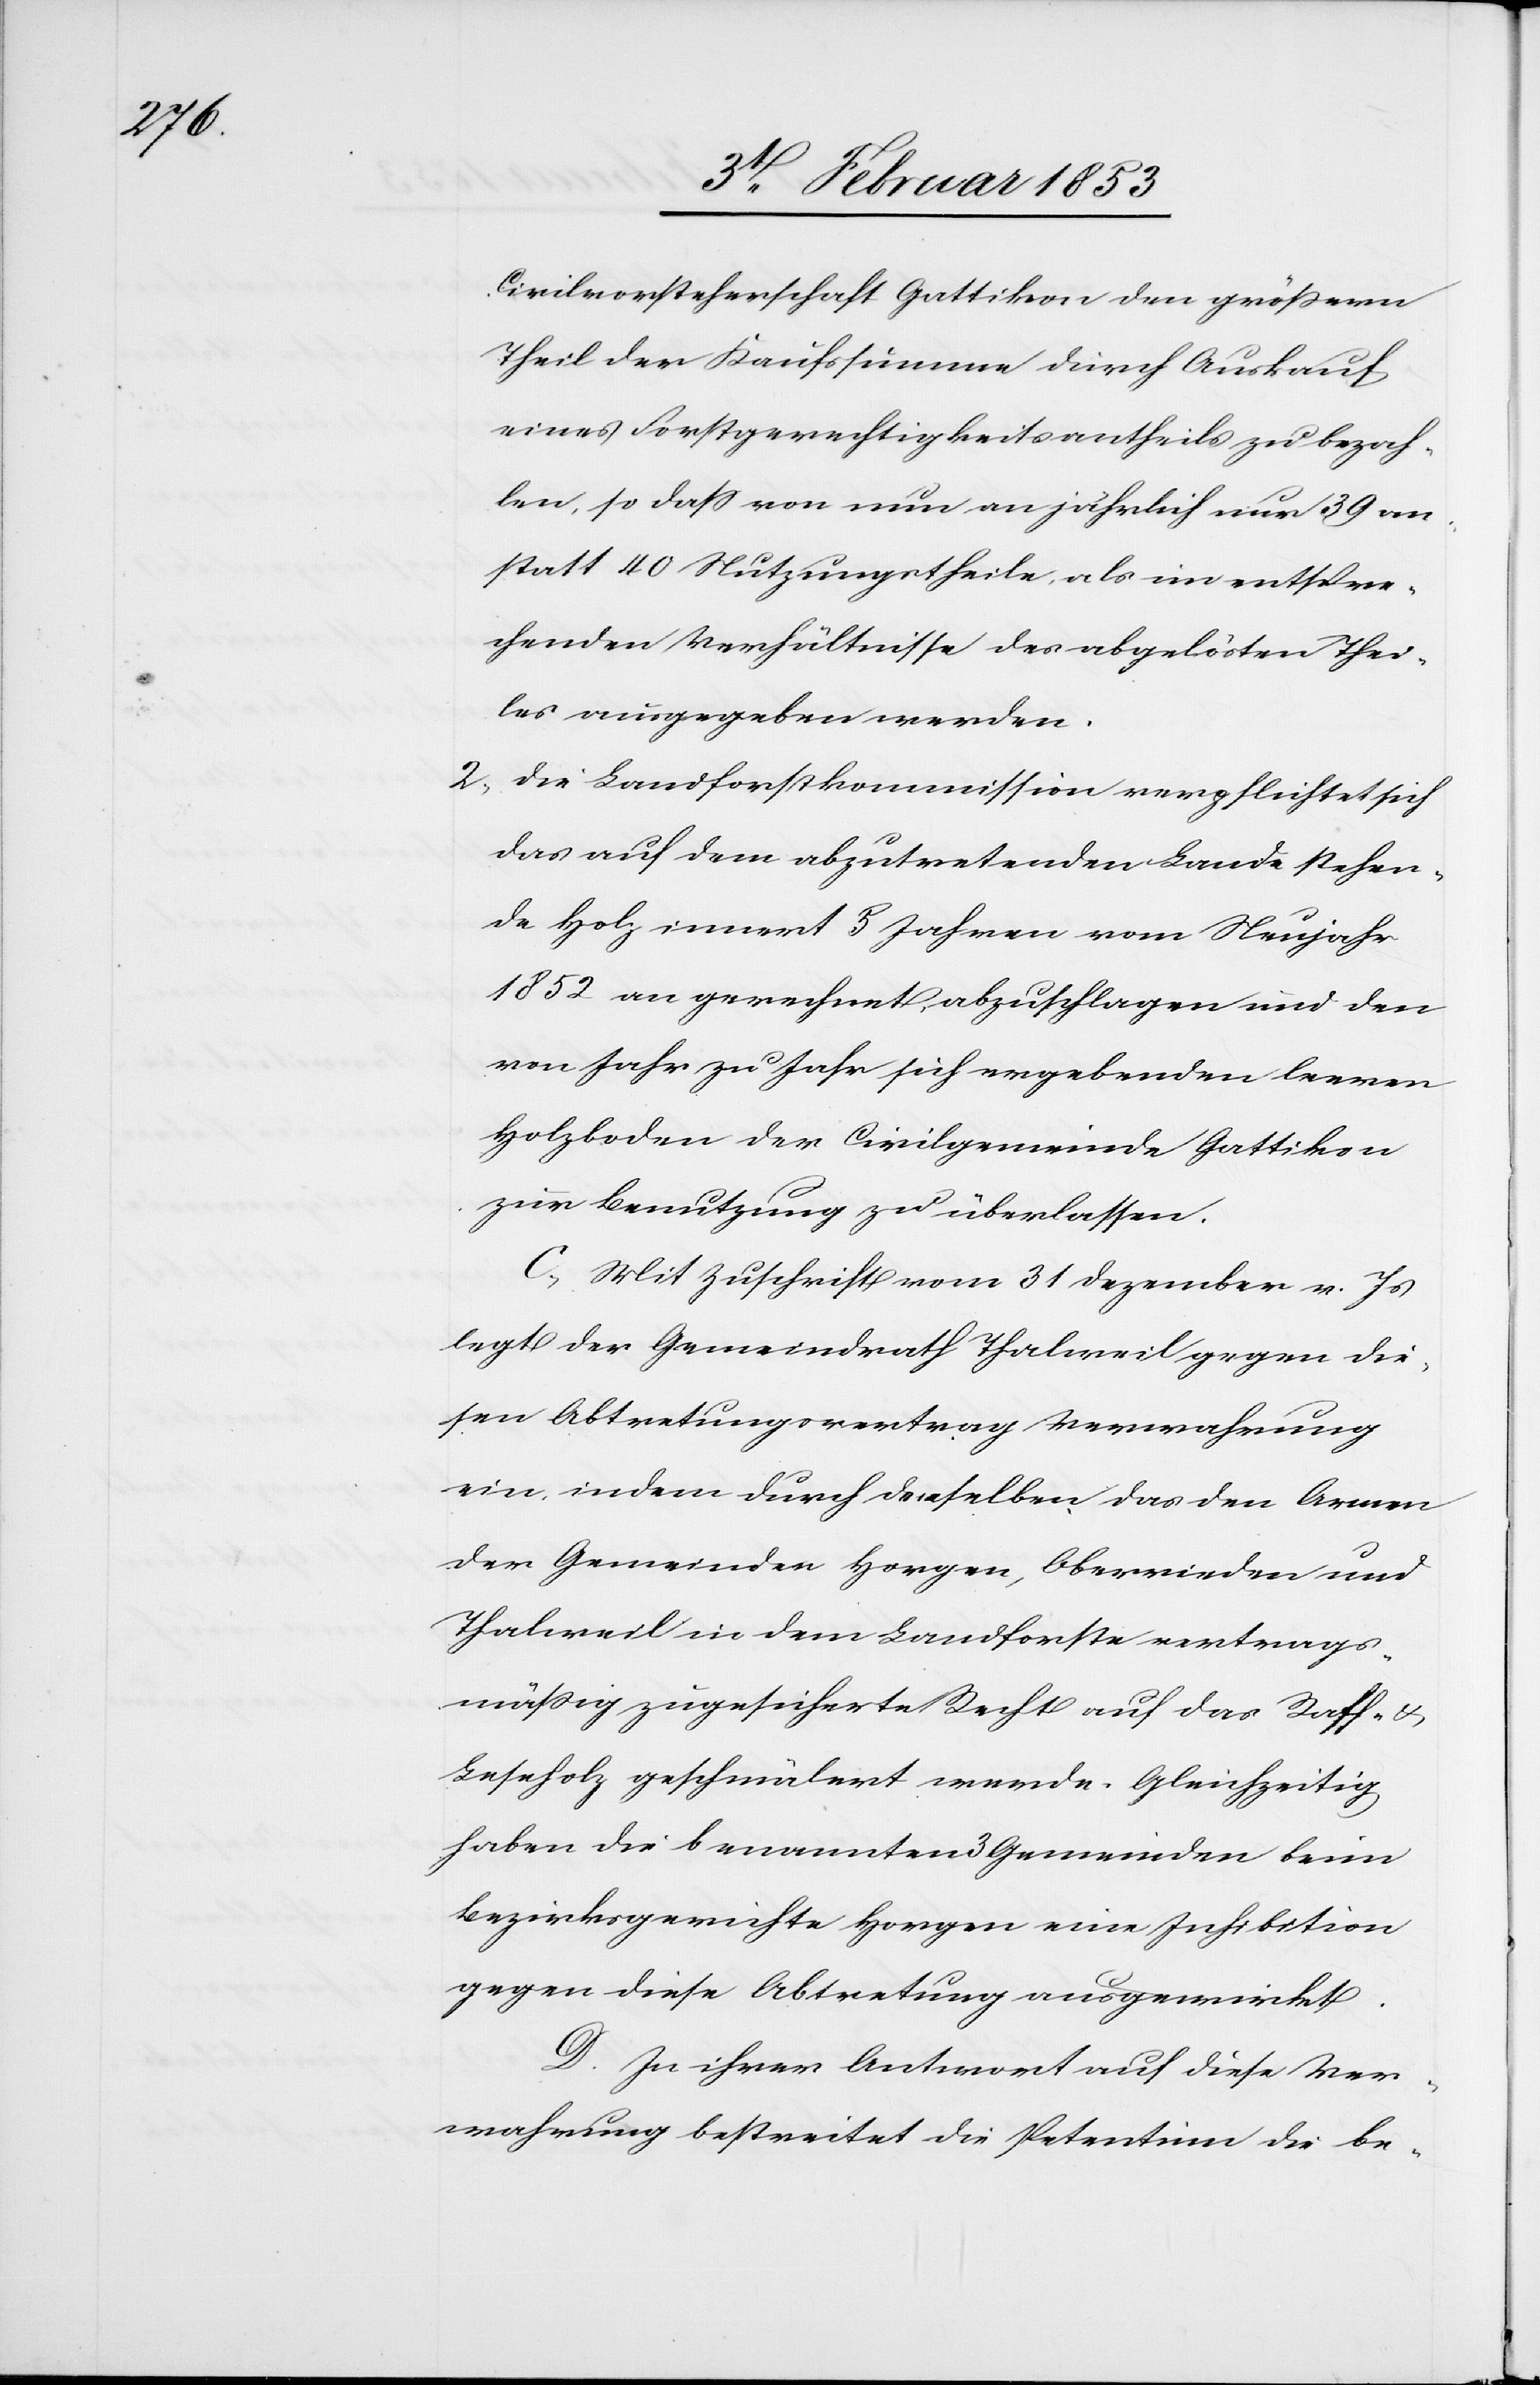
Civilvorsteherschaft Gattikon dem größern
Theil der Kaufssumme durch Ausverkauf
eines Forstgerechtigkeitsantheils zu bezah¬
len, so daß von nun an jährlich nur 39 an¬
statt 40 Nutzungstheile, als im entspre¬
chenden Verhältnisse des abgelösten Thei¬
les ausgegeben werden.
2, Die Landforstkommmission verpflichtet sich
das auf dem abzutretenden Lande stehen¬
de Holz innert 5 Jahren vom Neujahr
1852 an gerechnet abzuschlagen und den
von Jahr zu Jahr sich ergebenden leeren
Holzboden der Civilgemeinde Gattikon
zur Benutzung zu überlassen.
C, Mit Zuschrift vom 31 Dezember v. Js.
legt der Gemeindrath Thalweil gegen die¬
sen Abtretungsvertrag Verwahrung
ein, indem durch denselben das den Armen
der Gemeinden Horgen, Oberrieden und
Thalweil in dem Landforste vertrags¬
mäßig zugesicherte Recht auf das Raff- u.
Leseholz geschmälert werde. Gleichzeitig
haben die benannten 3 Gemeinden beim
Bezirksgerichte Horgen eine Inhibition
gegen diese Abtretung ausgewirkt.
D. In ihrer Antwort auf diese Ver¬
wahrung bestreitet die Petentin die be-